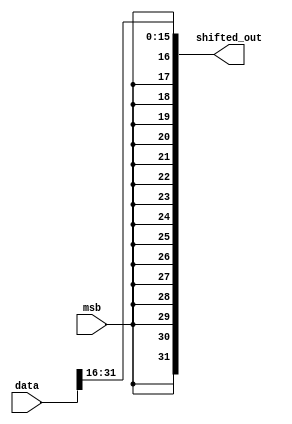
module right_barrel_16(
    output [31:0] shifted_out,
    input [31:0] data,
    input msb
);
    assign shifted_out[15:0] = data[31:16];
    genvar i;
    for (i = 31; i > 15; i = i - 1) begin
        assign shifted_out[i] = msb;
    end

endmodule